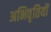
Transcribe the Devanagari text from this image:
अभिवृतियों